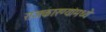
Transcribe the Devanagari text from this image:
राजकारण्यांमध्ये